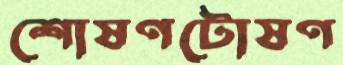
শোষণটোষণ